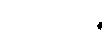
ပါ-၂၇၁။